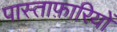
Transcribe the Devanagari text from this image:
पास्ताफ़ारियों